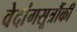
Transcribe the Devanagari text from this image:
वेदांगसूत्रौंकी